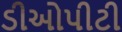
ડીઓપીટી